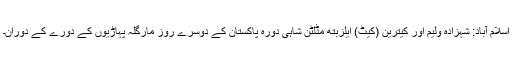
اسلام آباد: شہزادہ ولیم اور کیترین (کیٹ) ایلزبتھ مڈلٹن شاہی دورہ پاکستان کے دوسرے روز مارگلہ پہاڑیوں کے دورے کے دوران۔